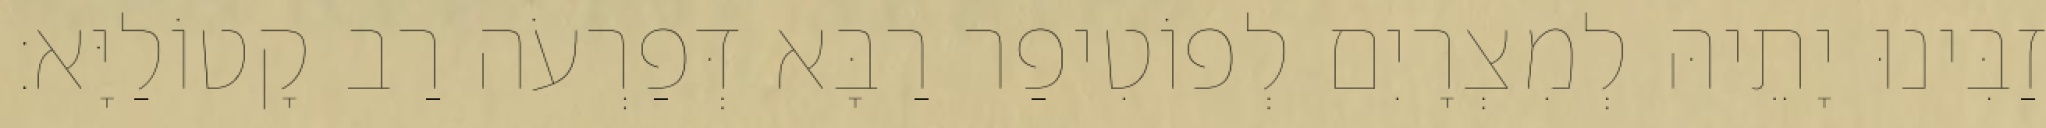
זַבִּינוּ יָתֵיהּ לְמִצְרָיִם לְפוֹטִיפַר רַבָּא דְּפַרְעֹה רַב קָטוֹלַיָּא׃